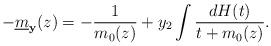
LaTeX: \begin{align*}-\underline m_{{\bf y}}(z)=-\frac1{m_0(z)}+y_2\int\frac{dH(t)}{t+m_0(z)}. \end{align*}